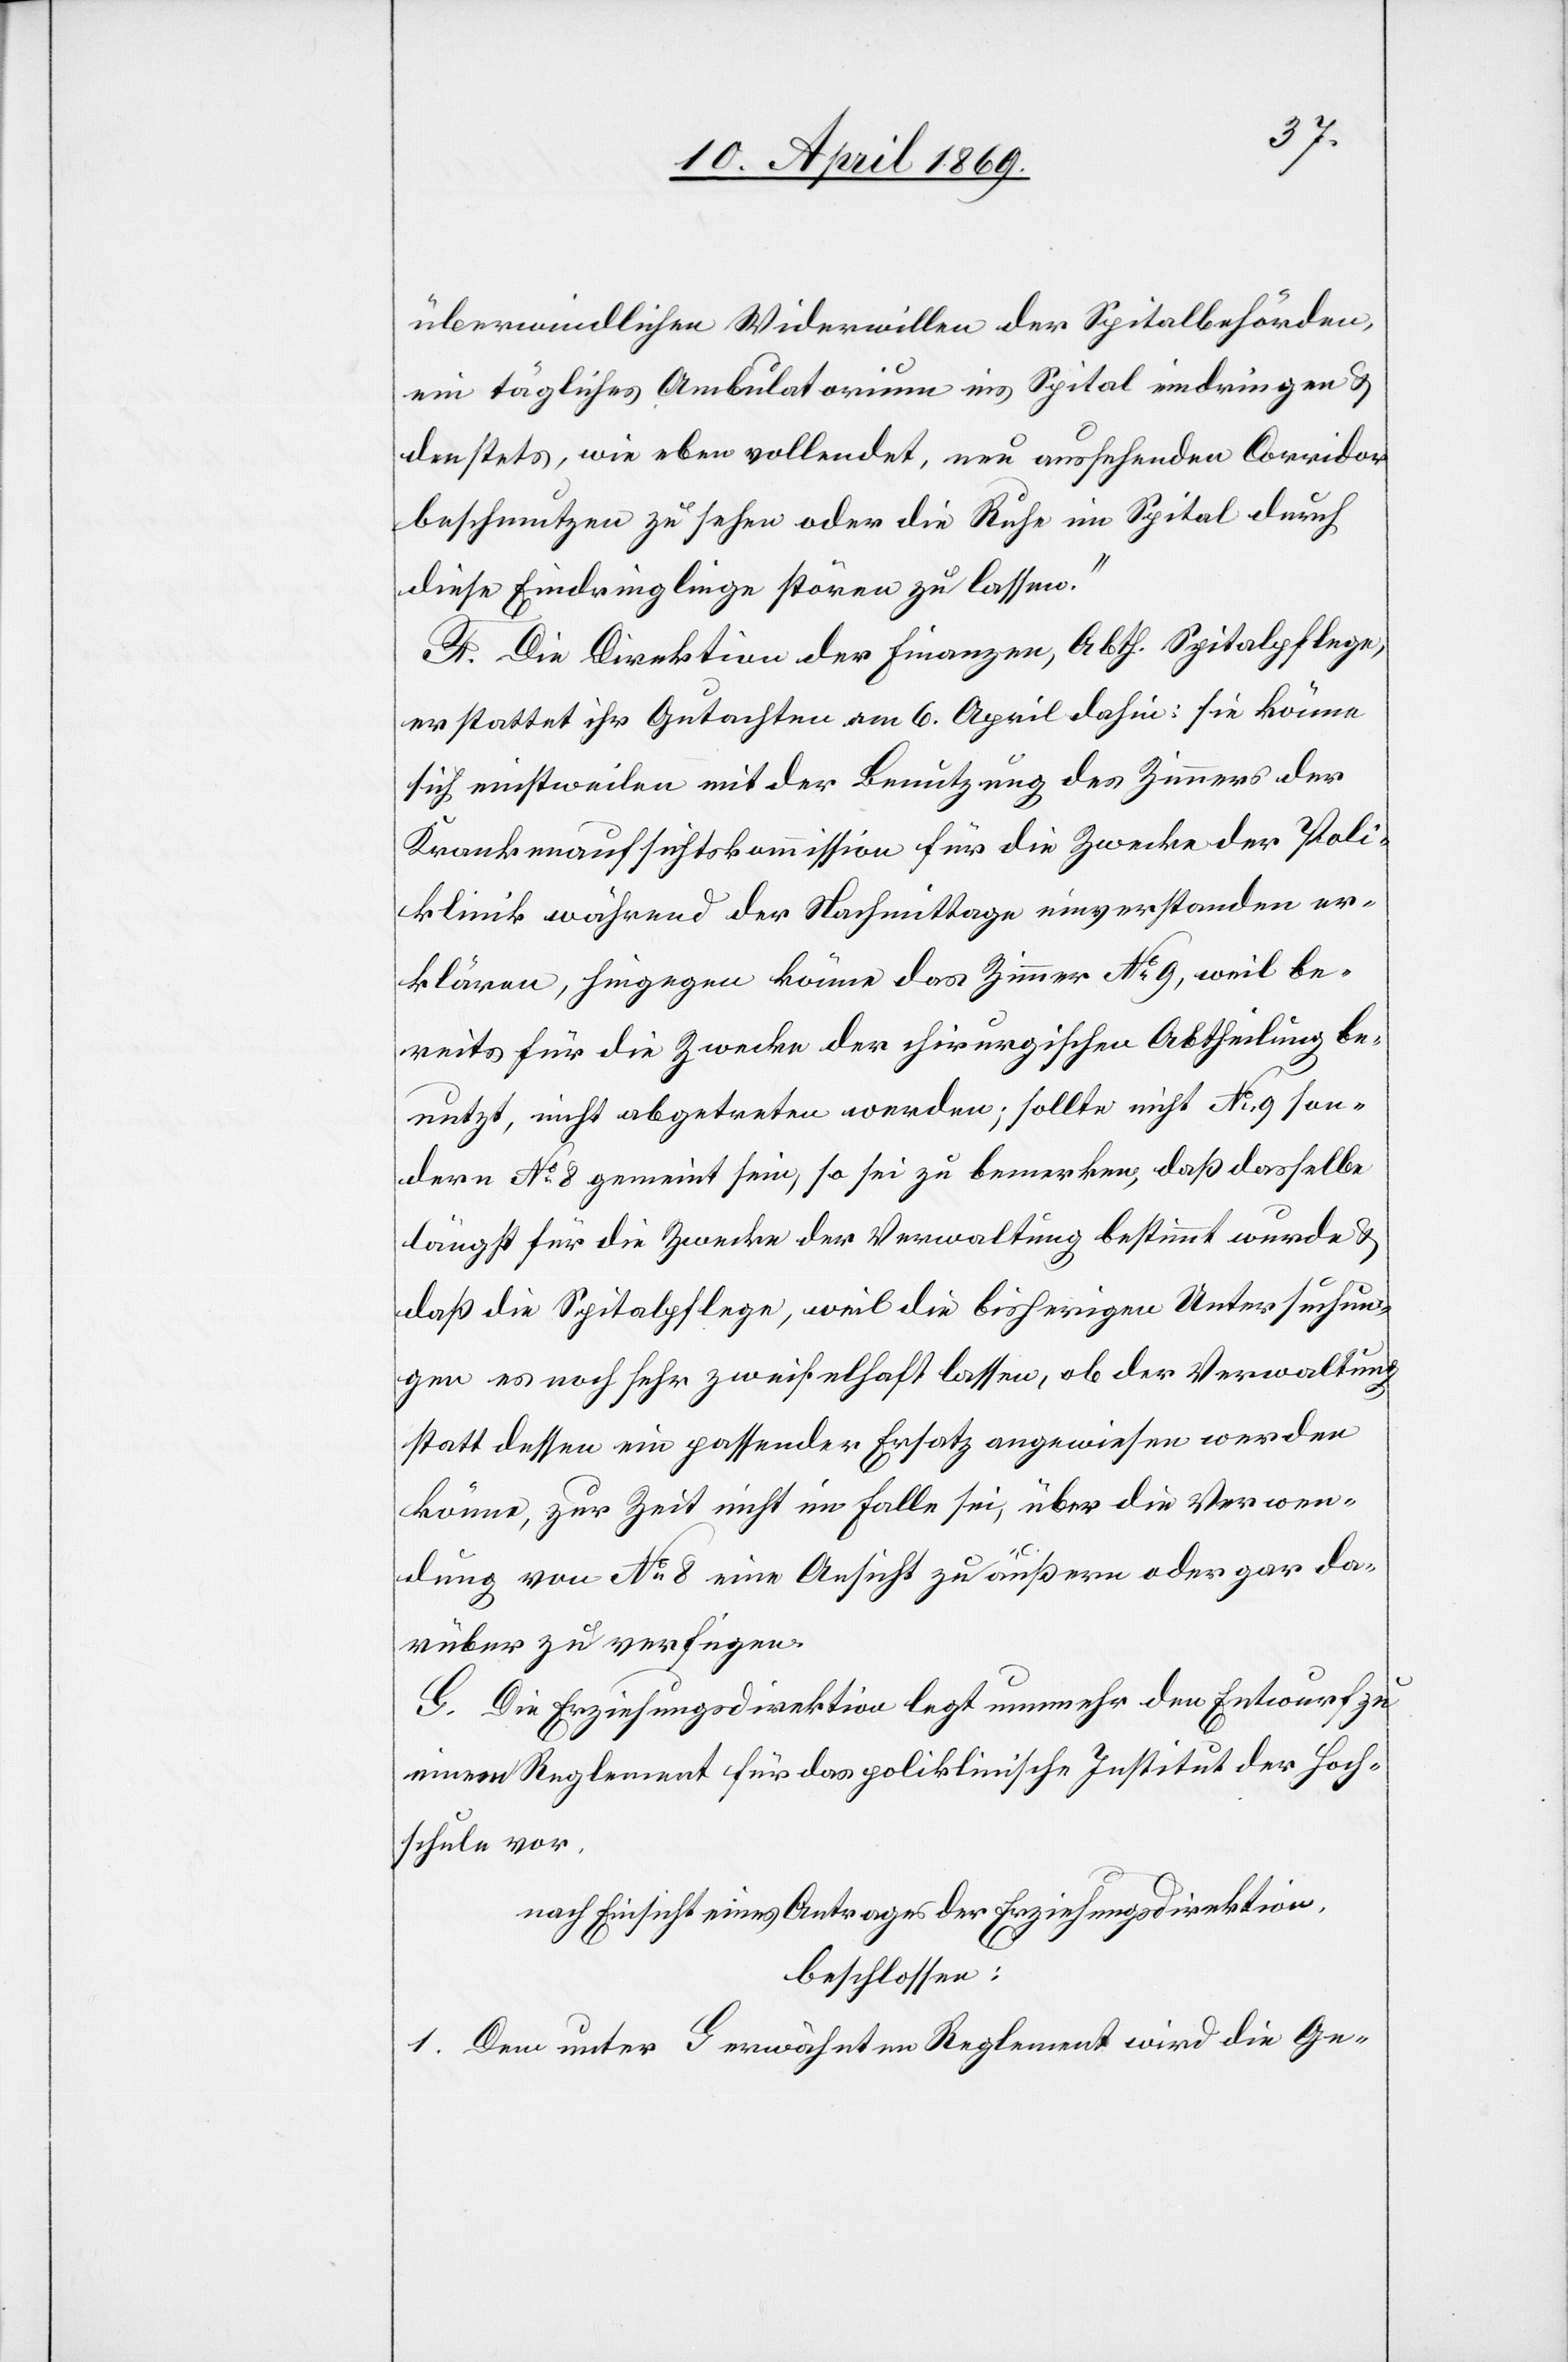
überwindlichen Widerwillen der Spitalbehörden,
ein tägliches Ambulatorium ins Spital eindringen u.
den stets, wie eben vollendet, neu ausgehenden Corridor
beschmutzen zu sehen oder die Ruhe im Spital durch
diese Eindringlinge stören zu lassen.“
F. Die Direktion der Finanzen, Abth. Spitalpflege,
erstattet ihr Gutachten am 6. April dahin: sie könne
sich einstweilen mit der Benutzung des Zimmers der
Krankenaufsichtskommission für die Zwecke der Poli¬
klinik während der Nachmittage einverstanden er¬
klären, hingegen könne das Zimmer N° 9, weil be¬
reits für die Zwecke der chirurgischen Abtheilung be¬
nutzt, nicht abgetreten werden; sollte nicht N° 9 son¬
dern N° 8 gemeint sein, so sei zu bemerken, daß dasselbe
längst für die Zwecke der Verwaltung bestimmt werde u.
daß die Spitalpflege, weil die bisherigen Untersuchun¬
gen es noch sehr zweifelhaft lassen, ob der Verwaltung
statt dessen ein passender Ersatz angewiesen werden
könne, zur Zeit nicht im Falle sei, über die Verwen¬
dung von N° 8 eine Ansicht zu äußern oder gar da¬
rüber zu verfügen.
G. Die Erziehungsdirektion legt nunmehr den Entwurf zu
einem Reglement für das poliklinische Institut der Hoch¬
schule vor.
nach Einsicht eines Antrages der Erziehungsdirektion,
beschlossen:
1. Dem unter G erwähnten Reglement wird die Ge-